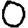
Digit: 0